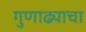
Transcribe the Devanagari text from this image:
गुणाढ्याचा